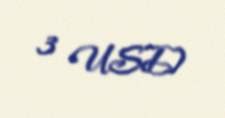
3 USD